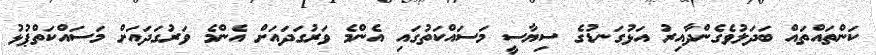
ކަންތައްތައް ބަދަލުވެގެންދާއިރު އަޅުގަނޑުގެ ސިޔާސީ މަސައްކަތުގައި އެންމެ ވަރުގަދައަށް އެންމެ ވަރުގަދައަށް މަސައްކަތްޕުޅު